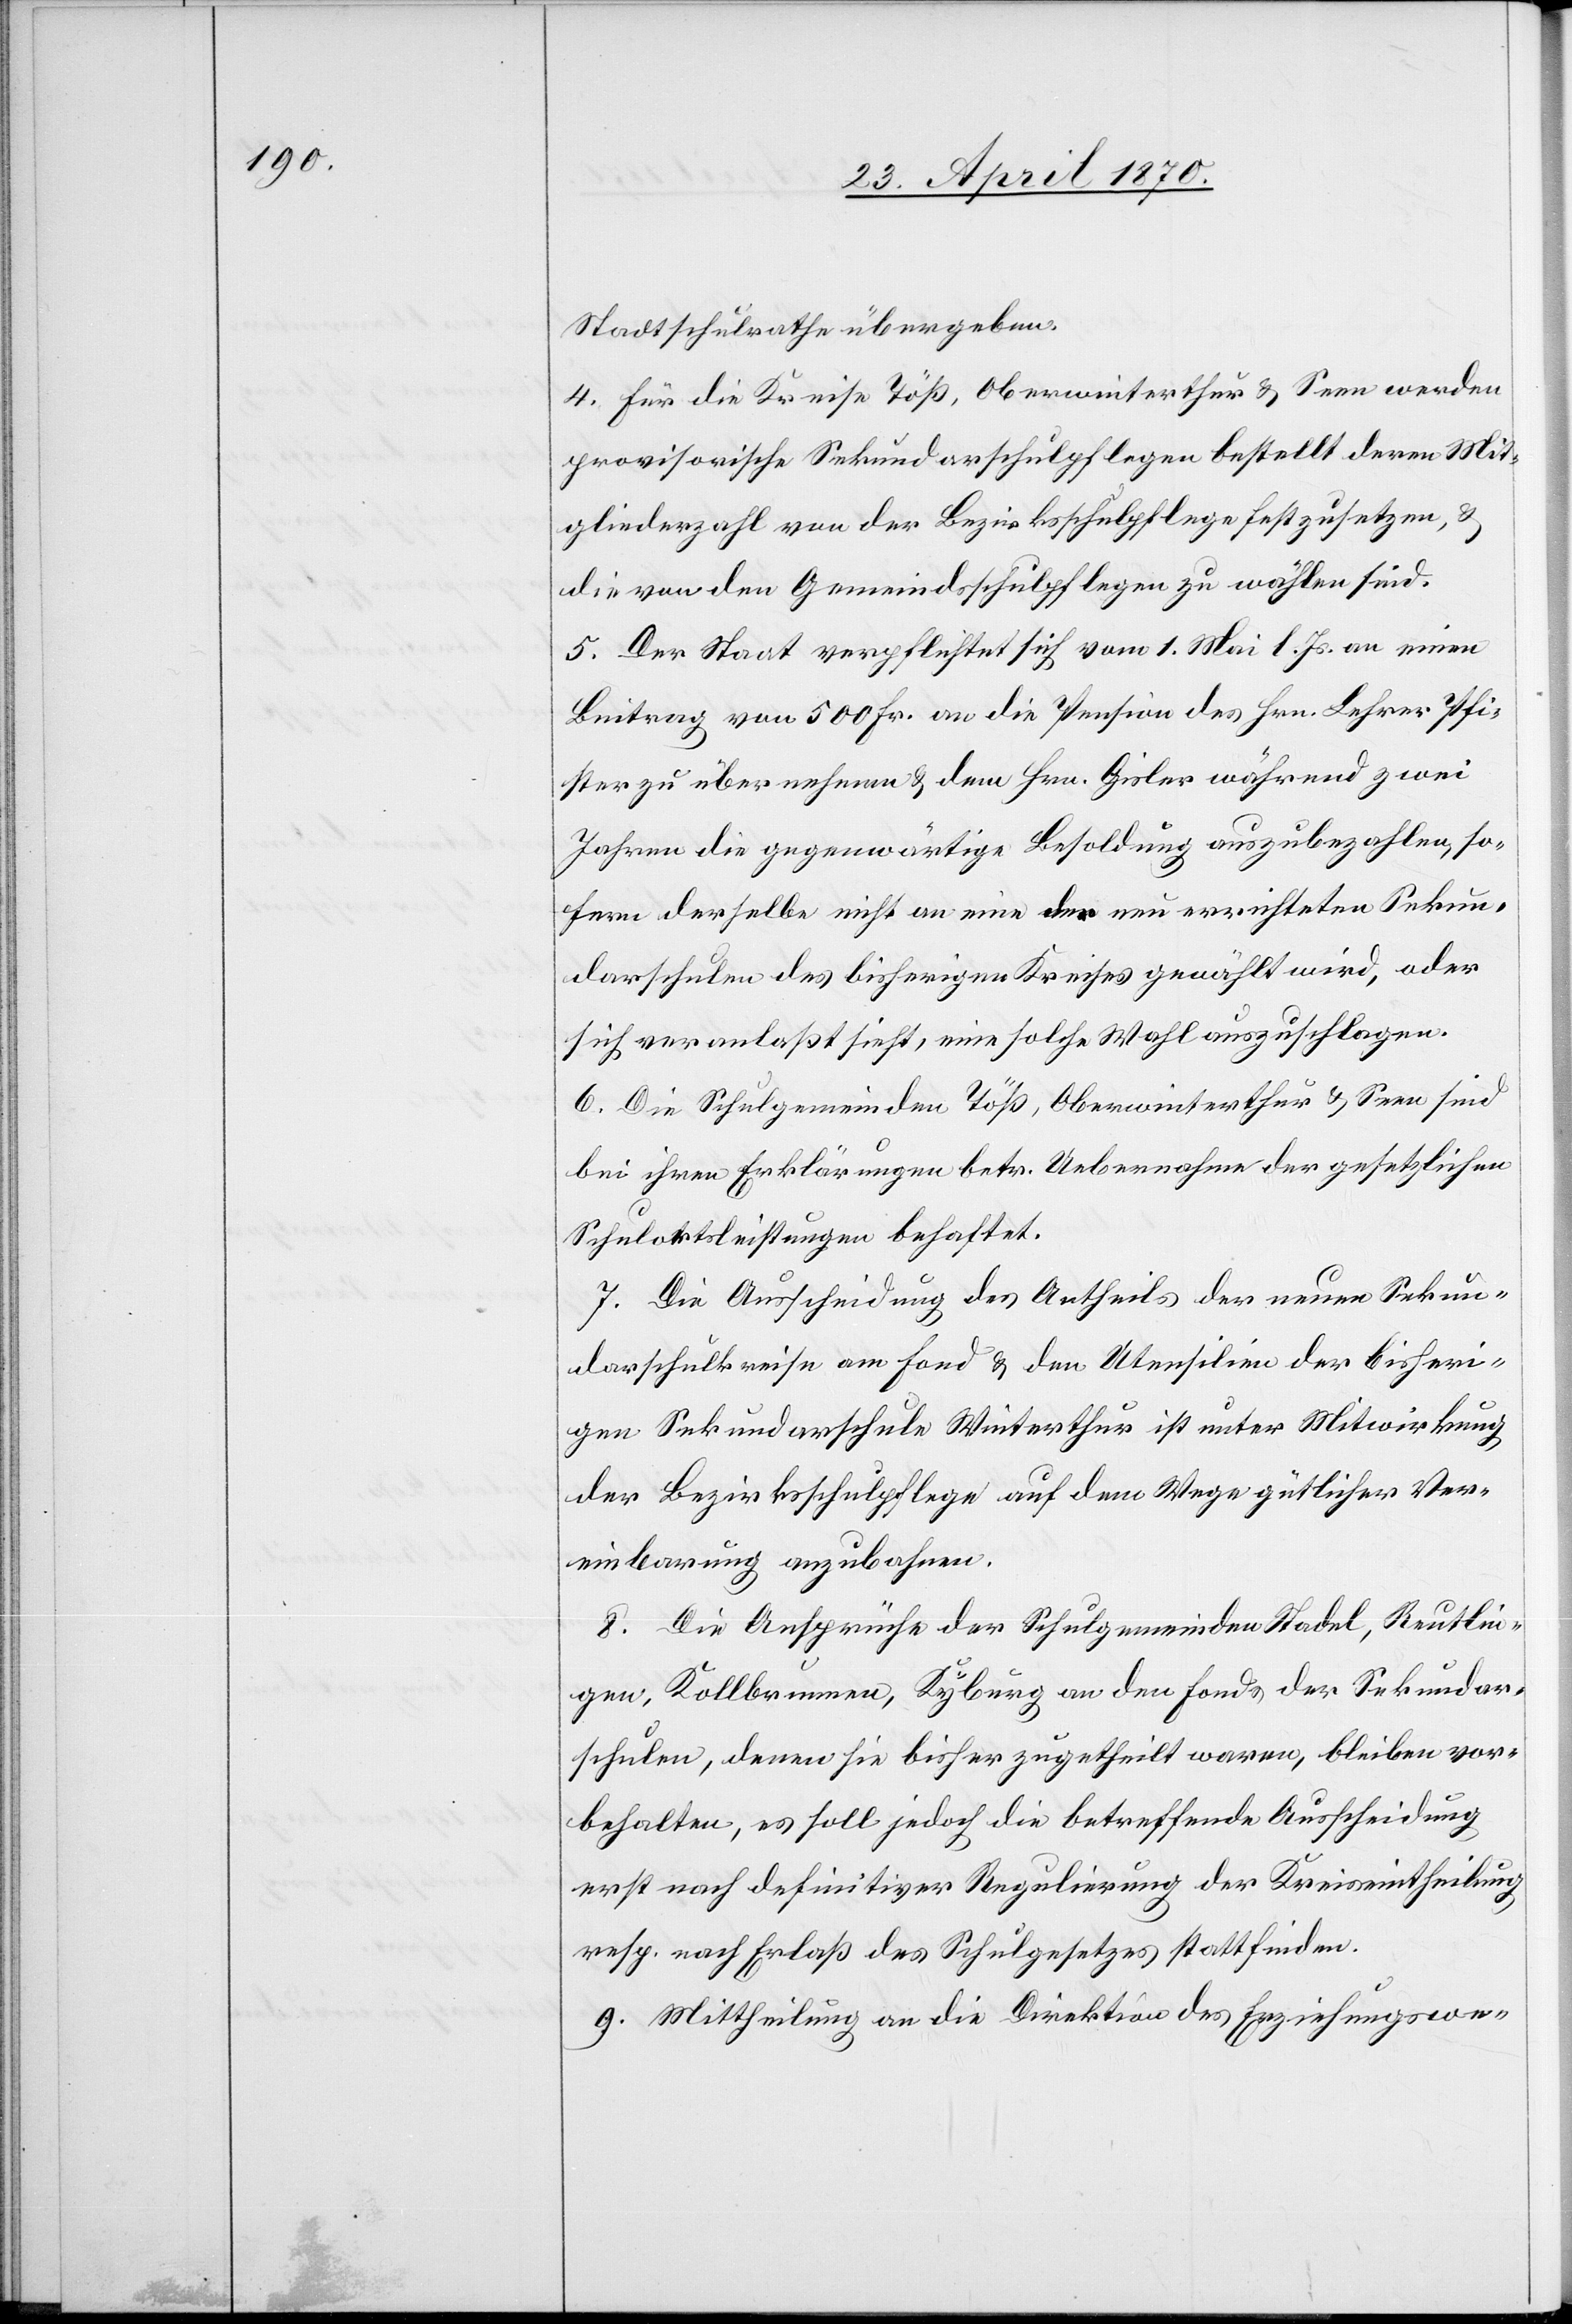
Stadtschulrathe übergeben.
4. Für die Kreise Töß, Oberwinterthur & Seen werden
provisorische Sekundarschulpflegen bestellt deren Mit¬
gliederzahl von der Bezirksschulpflege festzusetzen, &
die von den Gemeindsschulpflegen zu wählen sind.
5. Der Staat verpflichtet sich vom 1. Mai l. Js. an einen
Beitrag von 500 Fr. an die Pension des Hrn. Lehrer Pfi¬
ster zu übernehmen & dem Hrn. Gisler während zwei
Jahren die gegenwärtige Besoldung auszubezahlen, so¬
fern derselbe nicht an eine der neu errichteten Sekun¬
darschulen des bisherigen Kreises gewählt wird, oder
sich veranlaßt sieht, eine solche Wahl auszuschlagen.
6. Die Schulgemeinden Töß, Oberwinterthur & Seen sind
bei ihren Erklärungen betr. Uebernahme der gesetzlichen
Schulortsleistungen behaftet.
7. Die Ausscheidung des Antheils der neuen Sekun¬
darschulkreise am Fond & den Utensilien der bisheri¬
gen Sekundarschule Winterthur ist unter Mitwirkung
der Bezirksschulpflege auf dem Wege gütlicher Ver¬
einbarung anzubahnen.
8. Die Ansprüche der Schulgemeinden Stadel, Reutlin¬
gen, Kollbrunnen, Kyburg an den Fonds der Sekundar¬
schulen, denen sie bisher zugetheilt waren, bleiben vor¬
behalten, es soll jedoch die betreffende Ausscheidung
erst nach definitiver Regulirung der Kreiseintheilung
resp. nach Erlaß des Schulgesetzes stattfinden.
9. Mittheilung an die Direktion des Erziehungswe-